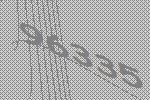
96335